Leningradi_Edasi_toimetus, lk 6
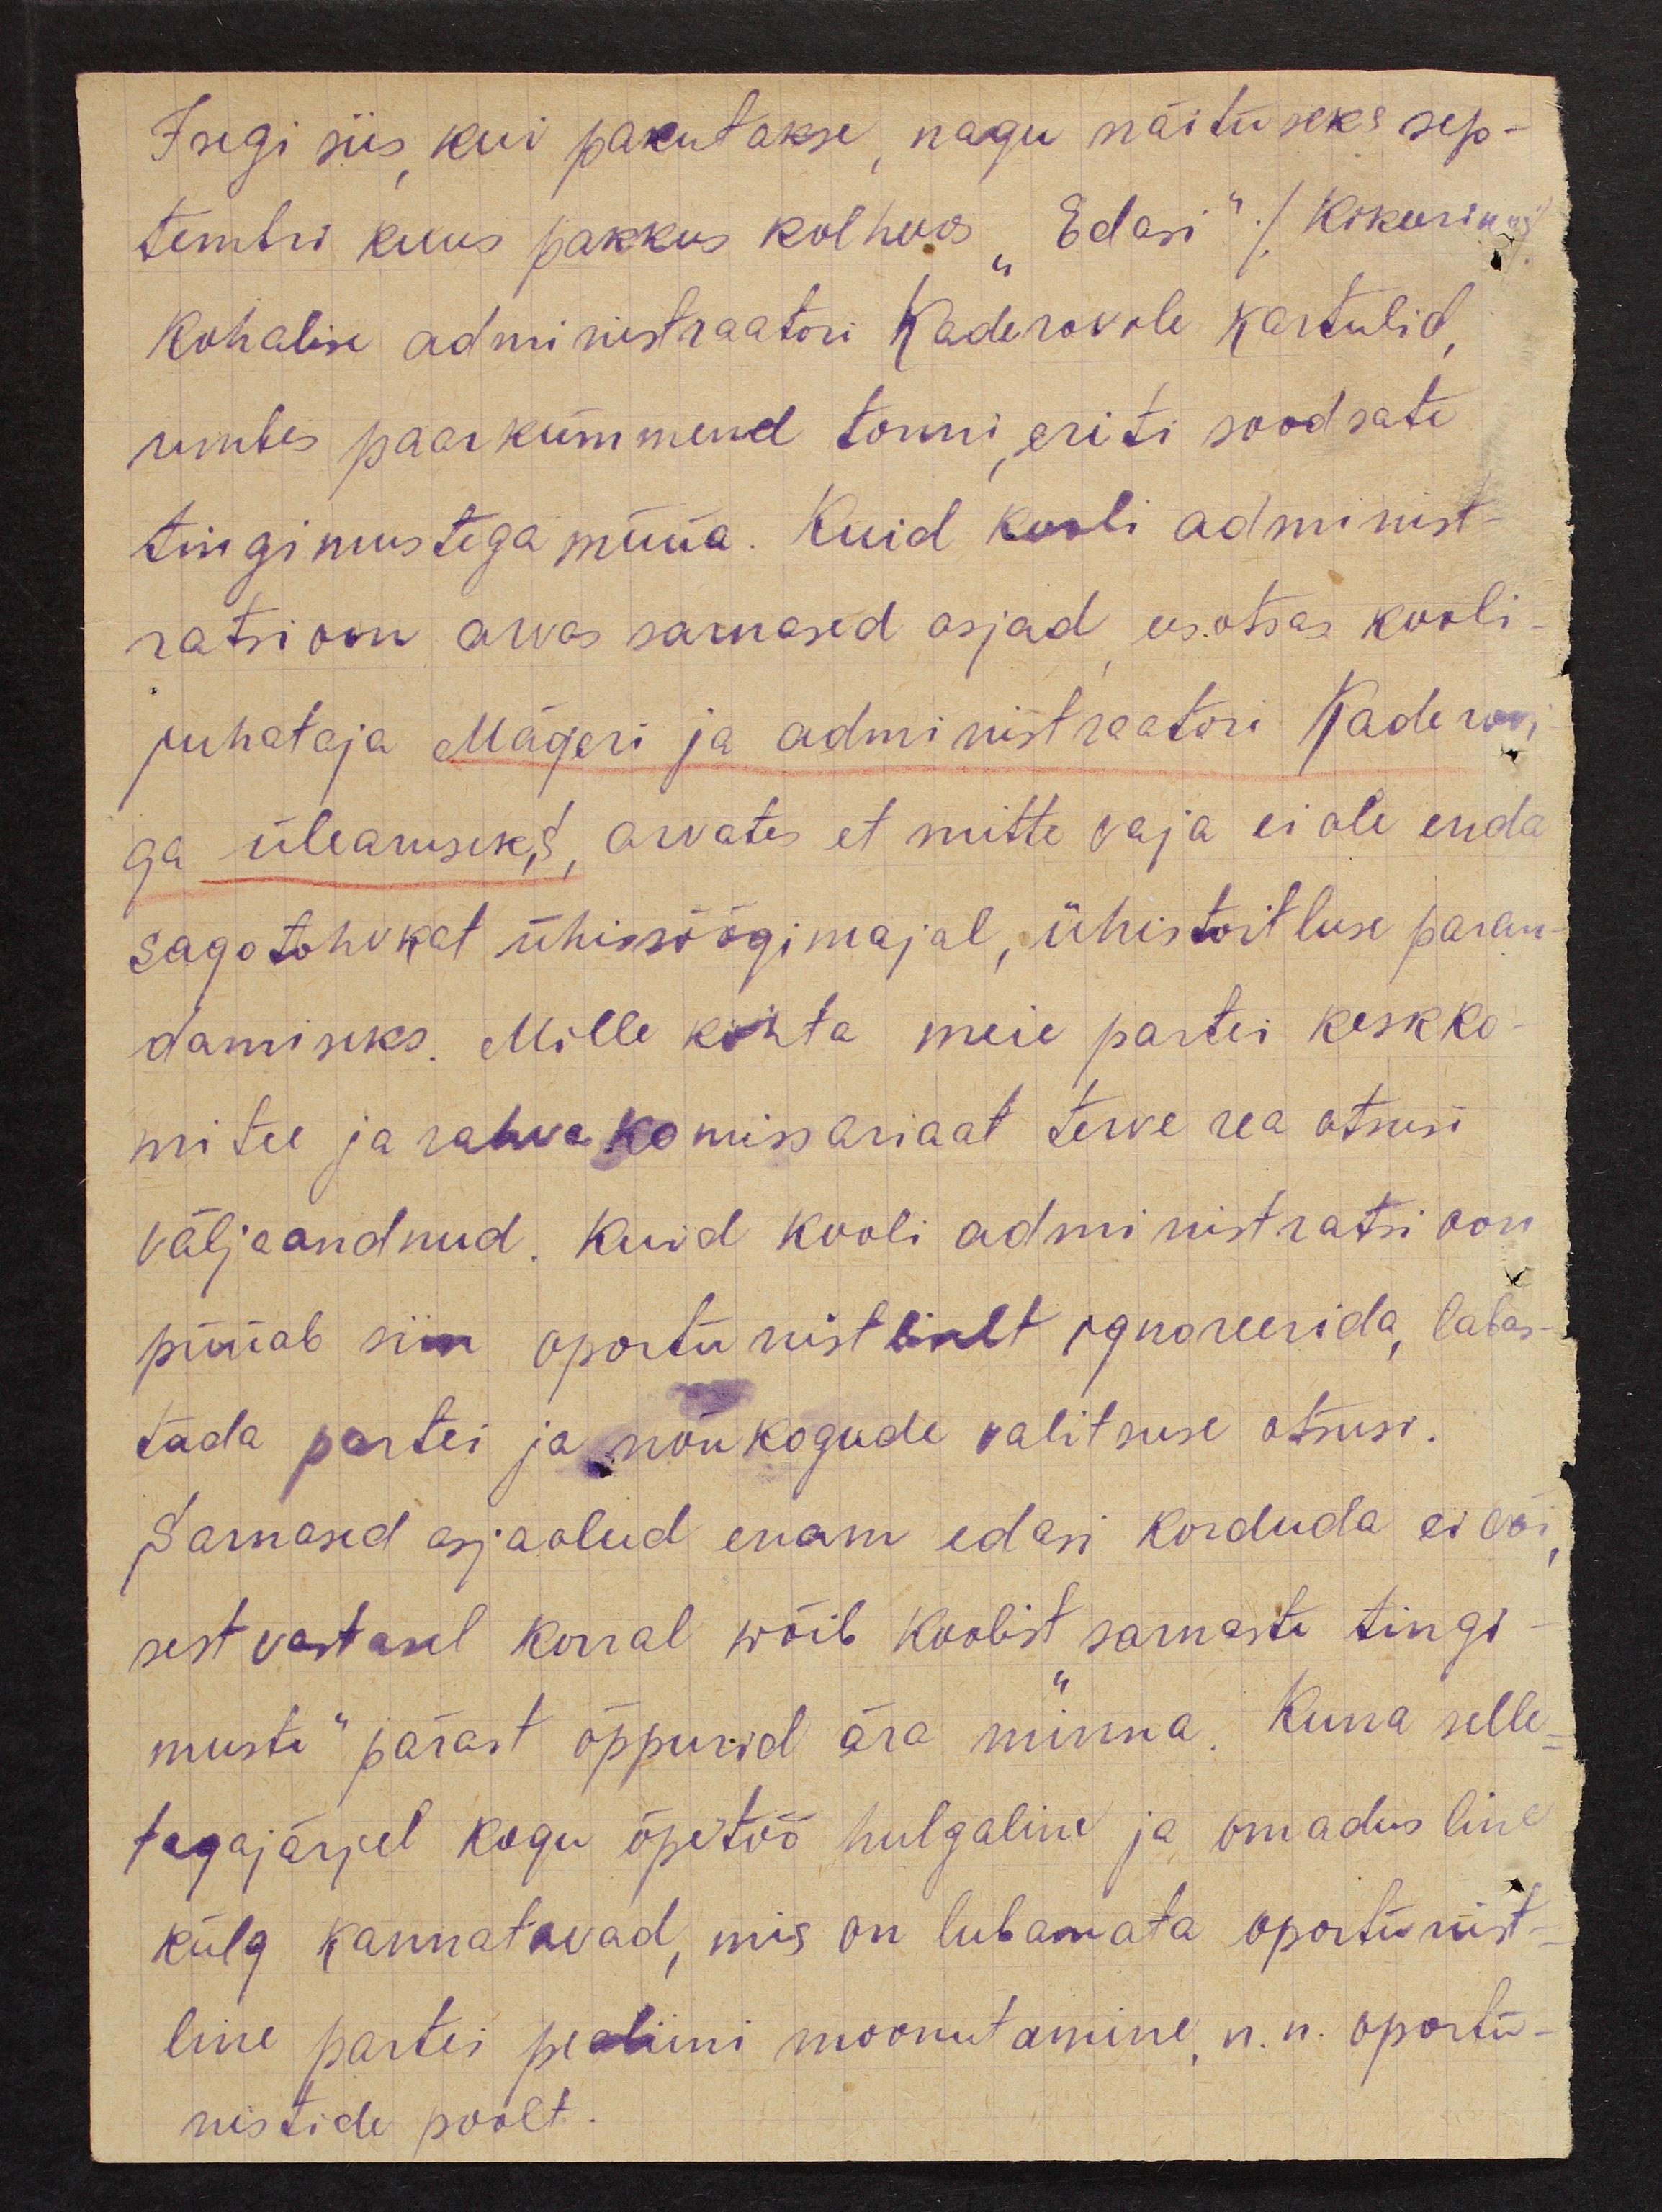
Isegi siis, kui pakutakse, nagu näituseks sep-
tembri kuus pakkus kolhoos "Edasi" (Kikurino)
kohalise administraatori Kaderovile kartulid,
umbes paarkümmend tonni, eriti soodsate
tingimustega müüa. Kuid kooli administ-
ratsioon arvas sarnased asjad eesotsas kooli-
juhataja Mägeri ja administraatori Kaderovi-
ga ülearuseks, arvates et mitte vaja ei ole enda
sagotohvkat ühissöögimajal, ühistoitluse paran-
damiseks. Mille kohta meie partei keskko-
mitee ja rahvakomissariaat terve rea otsusi
väljaandnud. Kuid kooli administratsioon
püüab siin oportunistliselt ignoreerida, labas-
tada partei ja nõukogude valitsuse otsusi.
Sarnased asjaolud enam edasi korduda ei või,
sest vastasel korral wõib koolist "sarnaste tingi-
muste" pärast õppurid ära minna. Kuna selle-
tagajärjel kogu õpetöö hulgaline ja omadusline
külg kannatavad, mis on lubamata oportunist-
line partei pealiini moonutamine, n.n. oportu-
nistide poolt.